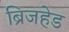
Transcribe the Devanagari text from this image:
ब्रिजहेड